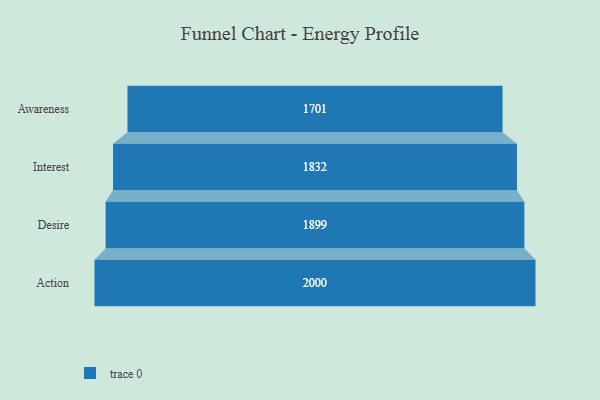
{"axis": {"x": "Stage", "y": "Value"}, "legend": [""], "data": [{"x": "Awareness", "y": 1701.0, "type": ""}, {"x": "Interest", "y": 1832.0, "type": ""}, {"x": "Desire", "y": 1899.0, "type": ""}, {"x": "Action", "y": 2000, "type": ""}]}